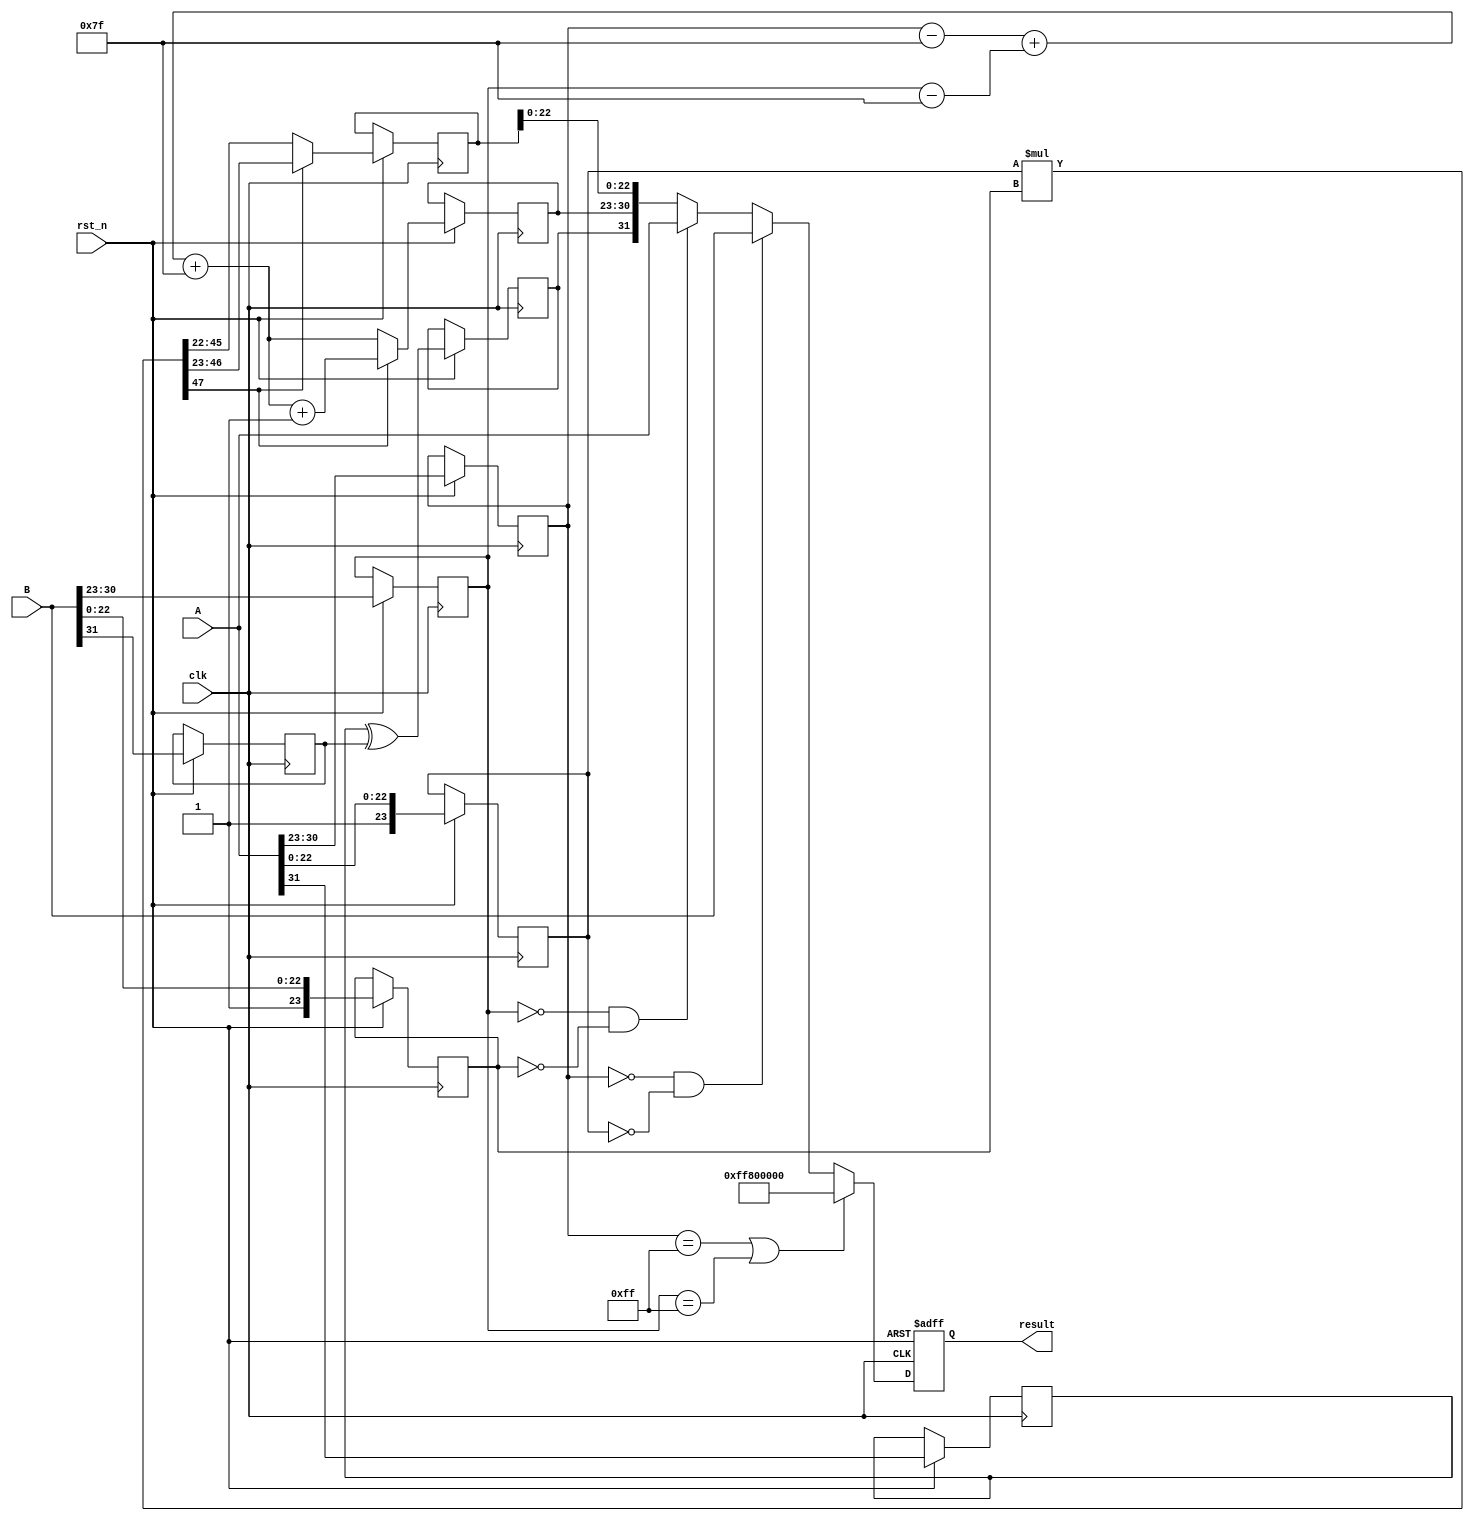
module fp_multiplier (
    input wire clk,
    input wire rst_n,
    input wire [31:0] A, // First floating-point input
    input wire [31:0] B, // Second floating-point input
    output reg [31:0] result // Result of multiplication
);

    // Internal signals
    reg [7:0] expA, expB, exp_result;
    reg [23:0] mantA, mantB, mant_result;
    reg signA, signB, sign_result;
    reg [47:0] mant_mult; // To hold the product of mantissas
    reg [8:0] exp_temp; // Temporary exponent for normalization
    reg [4:0] shift_count; // Count for normalization shifts

    // Decompose inputs
    always @(posedge clk or negedge rst_n) begin
        if (!rst_n) begin
            result <= 32'b0;
        end else begin
            // Extract sign, exponent, and mantissa
            signA <= A[31];
            expA <= A[30:23];
            mantA <= {1'b1, A[22:0]}; // Add implicit leading 1

            signB <= B[31];
            expB <= B[30:23];
            mantB <= {1'b1, B[22:0]}; // Add implicit leading 1

            // Calculate the resulting sign
            sign_result <= signA ^ signB;

            // Calculate the resulting exponent
            exp_temp = (expA - 8'd127) + (expB - 8'd127) + 8'd127; // Bias back

            // Multiply mantissas
            mant_mult = mantA * mantB;

            // Normalize mantissa
            if (mant_mult[47]) begin // If the product is greater than 1
                mant_result <= mant_mult[46:23]; // Shift right
                exp_result <= exp_temp + 1; // Increment exponent
            end else begin
                mant_result <= mant_mult[45:22]; // Keep as is
                exp_result <= exp_temp; // No change in exponent
            end

            // Handle special cases (NaN, infinity, zero)
            if (expA == 8'hFF || expB == 8'hFF) begin // If either is NaN or Inf
                result <= {1'b1, 8'hFF, 23'b0}; // Output NaN
            end else if (expA == 8'h00 && mantA == 24'b0) begin // A is zero
                result <= B; // Result is B
            end else if (expB == 8'h00 && mantB == 24'b0) begin // B is zero
                result <= A; // Result is A
            end else begin
                // Assemble final result
                result <= {sign_result, exp_result[7:0], mant_result[22:0]};
            end
        end
    end

endmodule